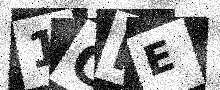
Text: 1GIE